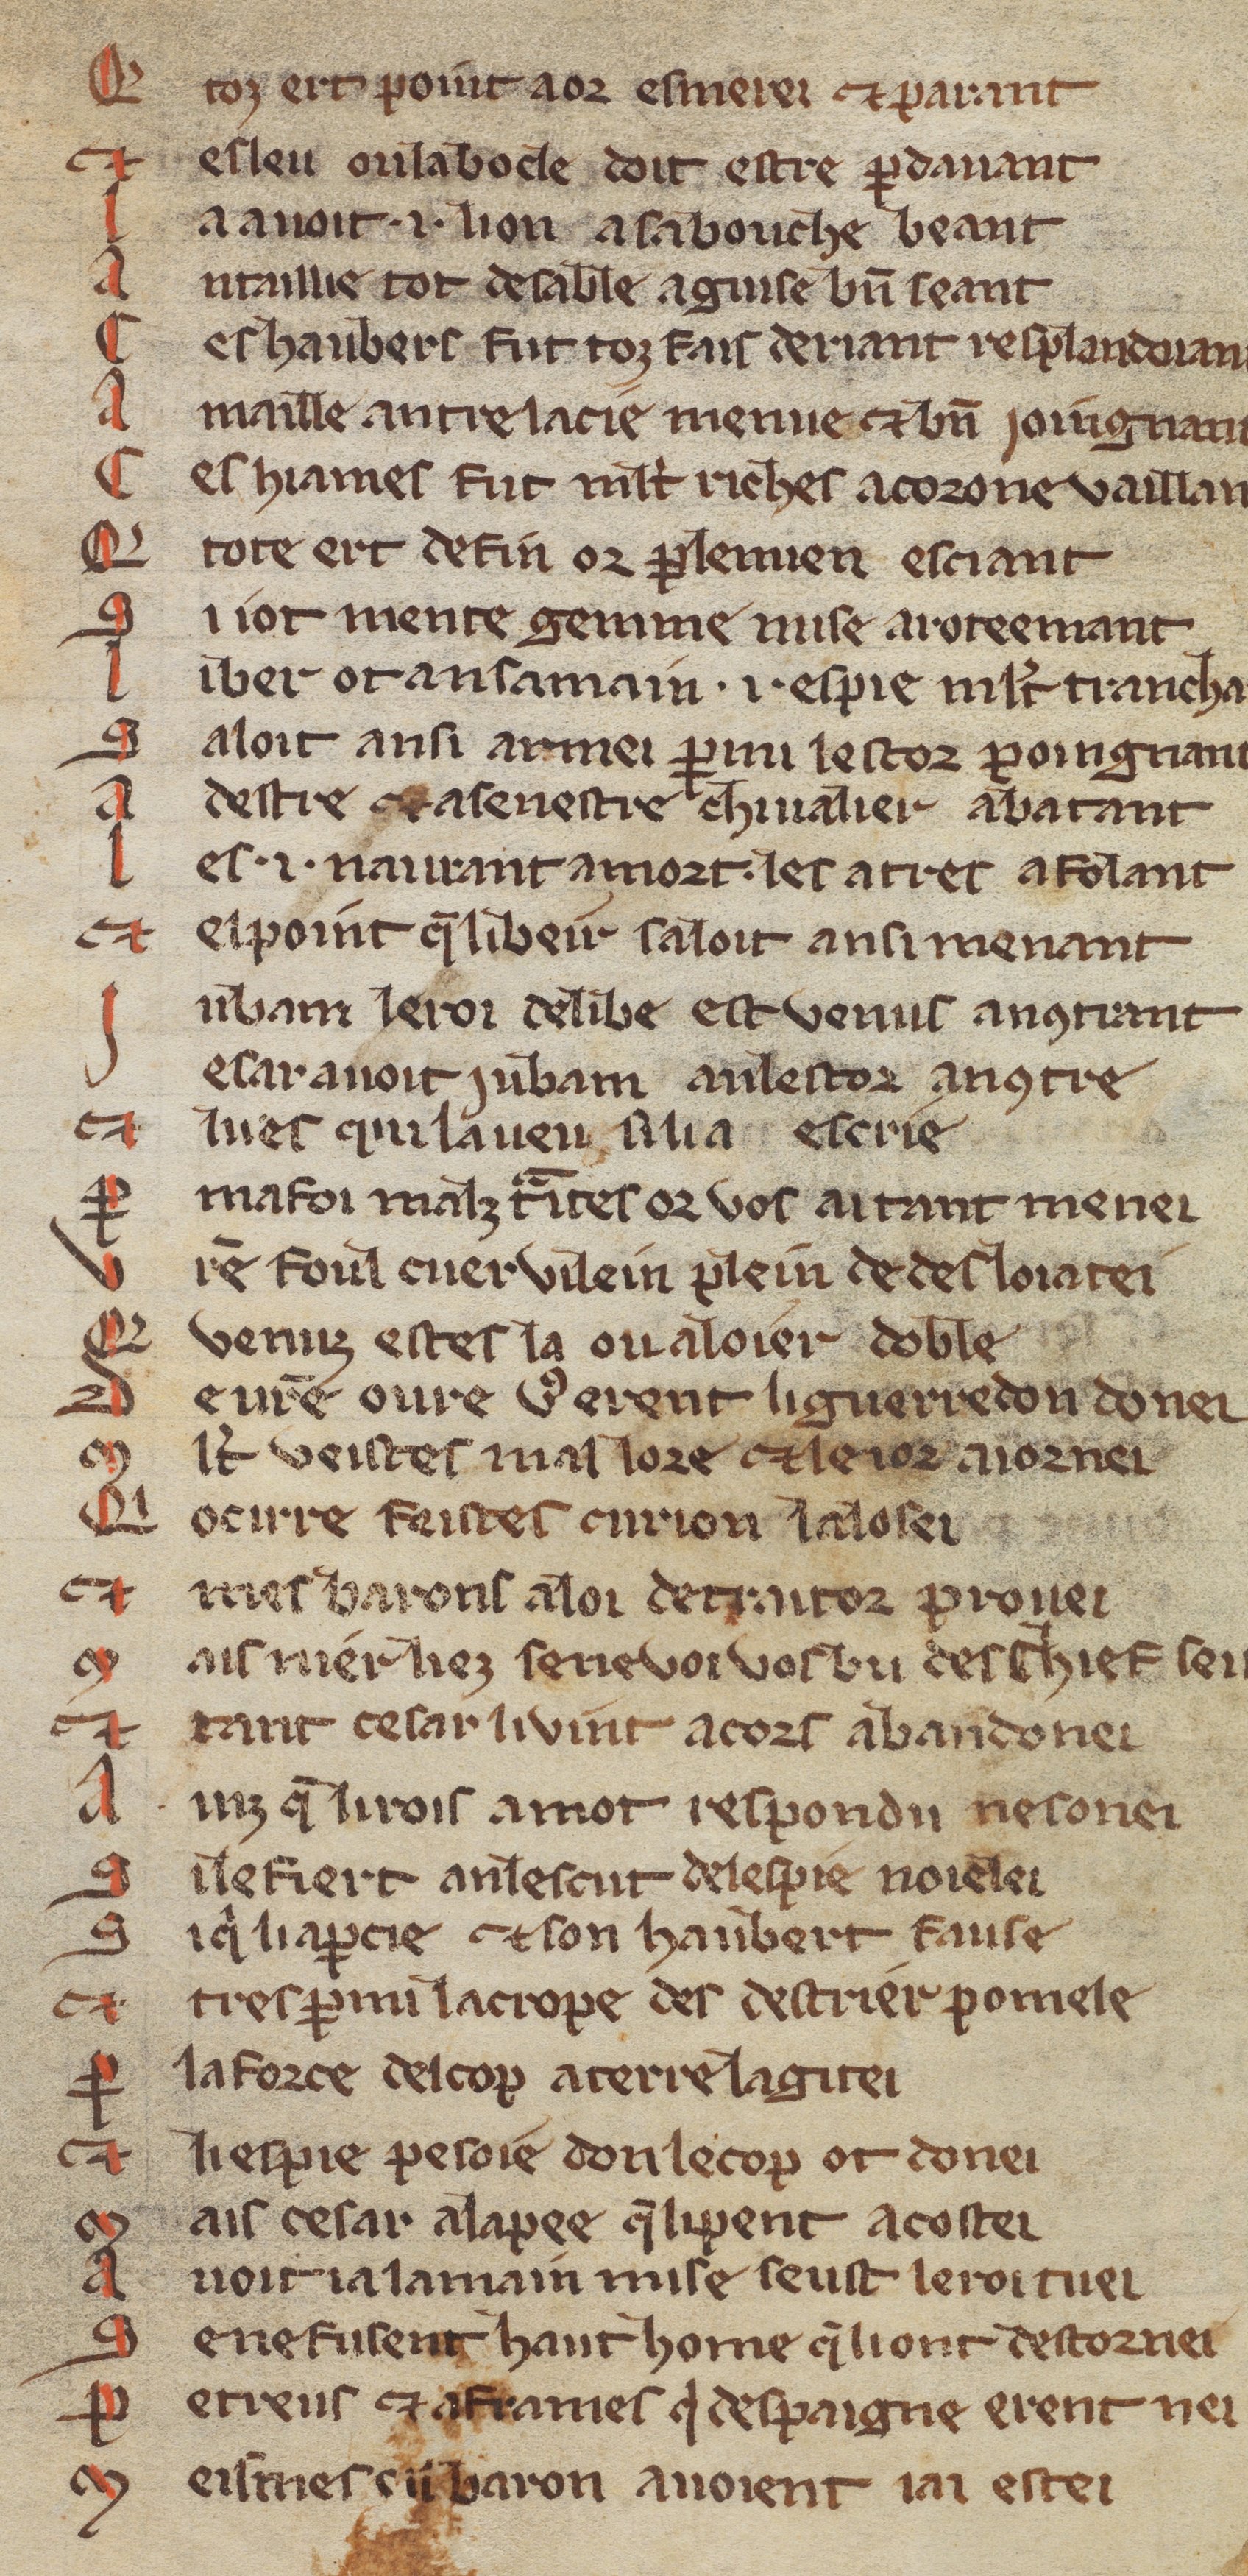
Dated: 1270–1330